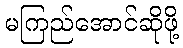
မကြည်အောင်ဆိုဖို့